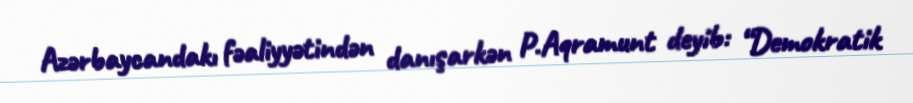
Azərbaycandakı fəaliyyətindən danışarkən P.Aqramunt deyib: “Demokratik